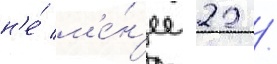
н'е́ м'е́н'ее 22 /